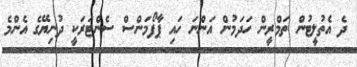
ދެ އެތުލީޓުން ތަމްރީން ހަދަމުން އަންނަ ހައި ޕާފޯމަންސް ސެންޓަރަކީ ދުނިޔޭގެ އެންމެ